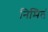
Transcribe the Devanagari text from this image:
निमितं